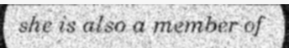
she is also a member of